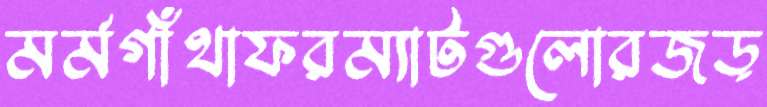
মর্মগাঁথাফরম্যাটগুলোরজড়